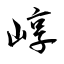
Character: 崞